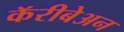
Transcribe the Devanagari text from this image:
कॅरीबेअन